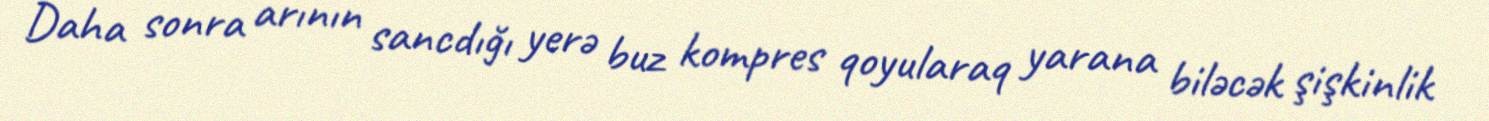
Daha sonra arının sancdığı yerə buz kompres qoyularaq yarana biləcək şişkinlik